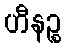
ဟီနဉ္စ